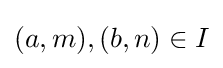
(a,m),(b,n)\in I